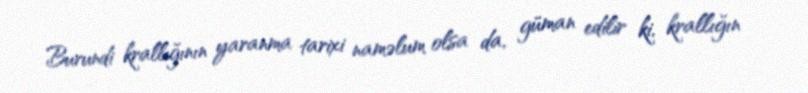
Burundi krallığının yaranma tarixi naməlum olsa da, güman edilir ki, krallığın